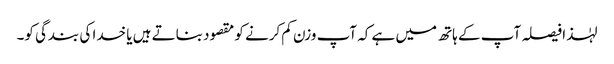
لہٰذا فیصلہ آپ کے ہاتھ میں ہے کہ آپ وزن کم کرنے کو مقصود بناتے ہیں یا خدا کی بندگی کو۔